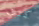
كنت